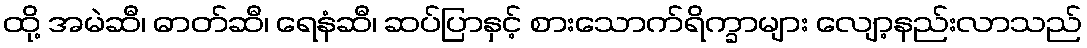
ထို့ အမဲဆီ၊ ဓာတ်ဆီ၊ ရေနံဆီ၊ ဆပ်ပြာနှင့် စားသောက်ရိက္ခာများ လျော့နည်းလာသည်